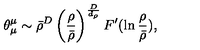
\theta _ { \mu } ^ { \mu } \sim \bar { \rho } ^ { D } \left( \frac { \rho } { \bar { \rho } } \right) ^ { \frac { D } { d _ { \rho } } } F ^ { \prime } ( \ln \frac { \rho } { \bar { \rho } } ) ,